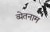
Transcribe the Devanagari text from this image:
व्येतनाम